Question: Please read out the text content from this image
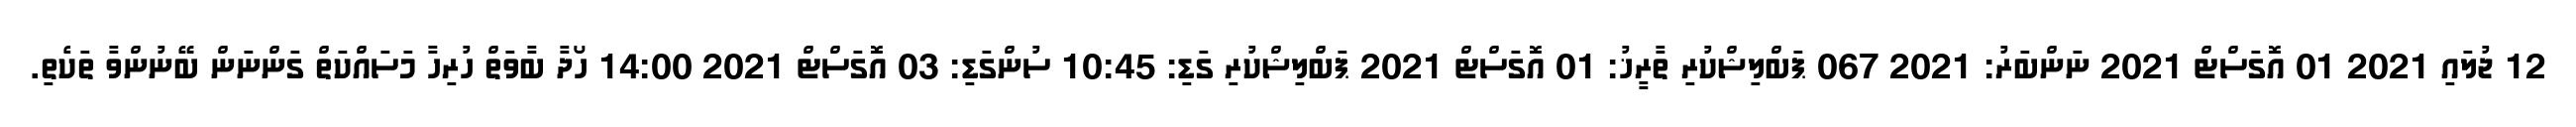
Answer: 12 ޖުލައި 2021 01 އޮގަސްޓް 2021 ނަންބަރު: 2021 067 ޕަބްލިޝްކުރި ތާރީޚު: 01 އޮގަސްޓް 2021 ޕަބްލިޝްކުރި ގަޑި: 10:45 ސުންގަޑި: 03 އޮގަސްޓް 2021 14:00 ހޯދާ ބާވަތް ހުރިހާ މަސައްކަތް ގަންނަން ބޭނުންވާ ތަކެތި.